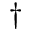
^ { \dagger }